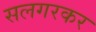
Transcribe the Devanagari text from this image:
सलगरकर